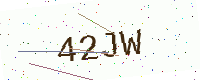
Text: 42JW